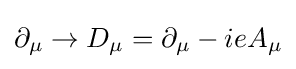
\partial _{\mu }\rightarrow D_{\mu }=\partial _{\mu }-ieA_{\mu }